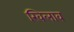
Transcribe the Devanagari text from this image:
खिलाव